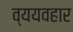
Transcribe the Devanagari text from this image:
व्ययवहार